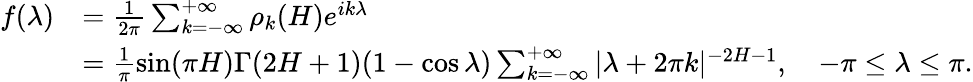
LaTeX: \begin{array}{rl}{f(\lambda)}&{=\frac{1}{2\pi}\sum_{k=-\infty}^{+\infty}\rho_{k}(H)e^{ik\lambda}}\\ &{=\frac{1}{\pi}\sin(\pi H)\Gamma(2H+1)(1-\cos\lambda)\sum_{k=-\infty}^{+\infty}|\lambda+2\pi k|^{-2H-1},\quad-\pi\leq\lambda\leq\pi.}\end{array}